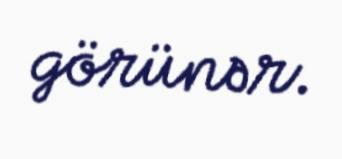
görünər.